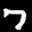
Label: 7